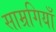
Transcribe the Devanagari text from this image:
साम्रगियाँ